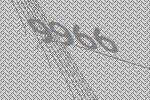
9966